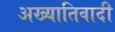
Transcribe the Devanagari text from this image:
अख्यातिवादी